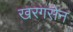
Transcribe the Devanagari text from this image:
खरगसेन